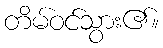
တိမ်ဝင်သွား၏။